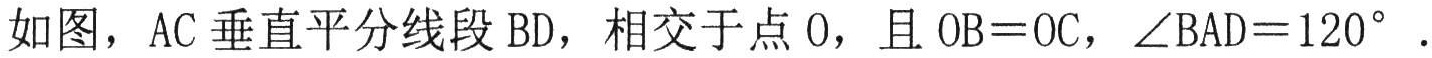
如图，AC 垂直平分线段 BD，相交于点 O，且 OB=OC，\(\angle BAD = 120^{\circ}\) .